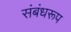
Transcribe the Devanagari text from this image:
संबंधरूप